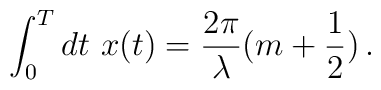
\int_{0}^{T} dt\,\, x(t) = \frac{2\pi}{\lambda}(m+\frac{1}{2})\,.\nonumber